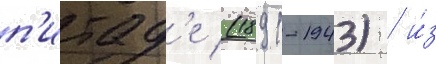
п'итад'е (1891-1943) / и́з